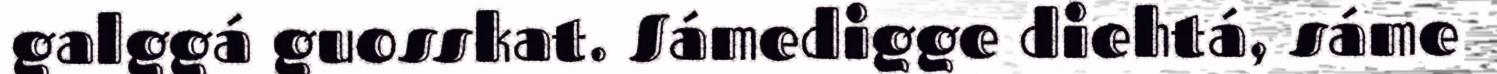
galggá guosskat. Sámedigge diehtá, sáme